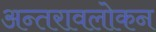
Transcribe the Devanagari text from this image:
अन्तरावलोकन